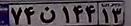
۷۴ن۱۴۴۱۳